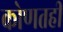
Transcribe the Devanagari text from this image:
कोणतही